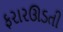
ફરારઊડતી